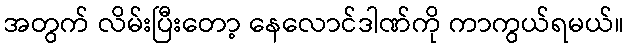
အတွက် လိမ်းပြီးတော့ နေလောင်ဒါဏ်ကို ကာကွယ်ရမယ်။